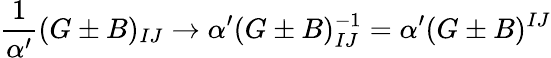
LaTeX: \frac{1}{\alpha^{\prime}}(G\pm B)_{IJ}\rightarrow\alpha^{\prime}(G\pm B)_{IJ}^{-1}=\alpha^{\prime}(G\pm B)^{IJ}